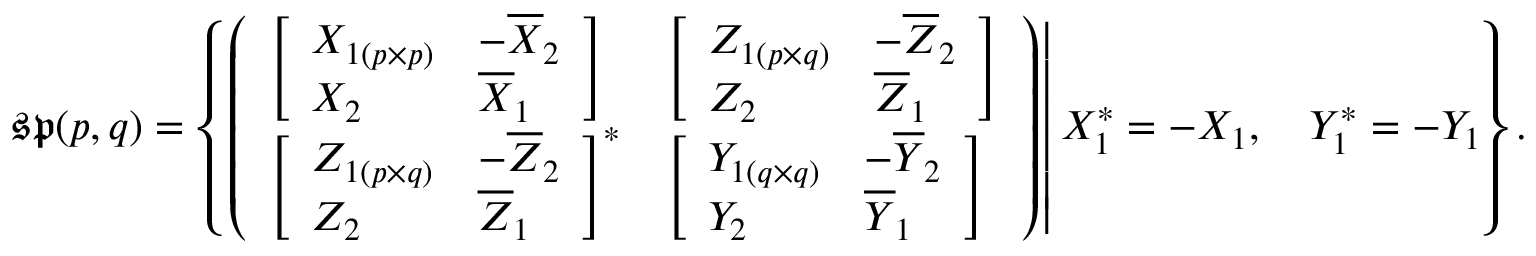
{ \mathfrak { s p } } ( p , q ) = \left\{ \left. { \left( \begin{array} { l l } { { \left[ \begin{array} { l l } { X _ { 1 ( p \times p ) } } & { - { \overline { { X } } } _ { 2 } } \\ { X _ { 2 } } & { { \overline { { X } } } _ { 1 } } \end{array} \right] } } & { { \left[ \begin{array} { l l } { Z _ { 1 ( p \times q ) } } & { - { \overline { { Z } } } _ { 2 } } \\ { Z _ { 2 } } & { { \overline { { Z } } } _ { 1 } } \end{array} \right] } } \\ { { \left[ \begin{array} { l l } { Z _ { 1 ( p \times q ) } } & { - { \overline { { Z } } } _ { 2 } } \\ { Z _ { 2 } } & { { \overline { { Z } } } _ { 1 } } \end{array} \right] } ^ { * } } & { { \left[ \begin{array} { l l } { Y _ { 1 ( q \times q ) } } & { - { \overline { { Y } } } _ { 2 } } \\ { Y _ { 2 } } & { { \overline { { Y } } } _ { 1 } } \end{array} \right] } } \end{array} \right) } \right| X _ { 1 } ^ { * } = - X _ { 1 } , \quad Y _ { 1 } ^ { * } = - Y _ { 1 } \right\} .